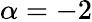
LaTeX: \alpha=-2